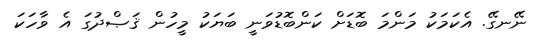
ނޭނގޭ. އެކަމަކު މަންމަ ބޮޑަށް ކަންބޮޑުވަނީ ބަޔަކު މީހުން ޤަޞްދުގަ އެ ވާހަކަ